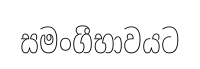
සමංගීභාවයට